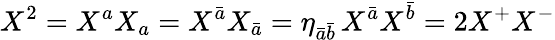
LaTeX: X^{2}=X^{a}X_{a}=X^{\bar{a}}X_{\bar{a}}=\eta_{\bar{a}\bar{b}}\, X^{\bar{a}}X^{\bar{b}}=2X^{+}X^{-}